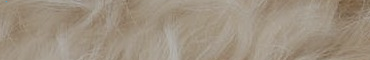
Coffee Shop